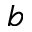
b